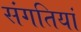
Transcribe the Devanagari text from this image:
संगतियां